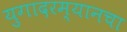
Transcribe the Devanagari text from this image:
युगादरम्यानचा